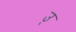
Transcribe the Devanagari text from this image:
उ्